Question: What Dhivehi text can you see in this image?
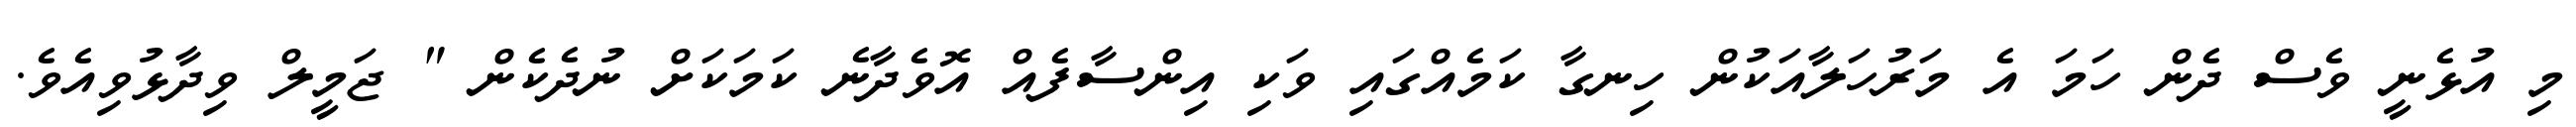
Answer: މި އުޅެނީ ވެސް ދެން ހަމަ އެ މަރުހަލާއަކުން ހިނގާ ކަމެއްގައި ވަކި އިންސާފެއް އޮވެދާނެ ކަމަކަށް ނުދެކެން " ޖަމީލް ވިދާޅުވިއެވެ.